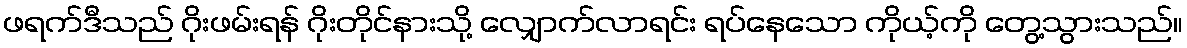
ဖရက်ဒီသည် ဂိုးဖမ်းရန် ဂိုးတိုင်နားသို့ လျှောက်လာရင်း ရပ်နေသော ကိုယ့်ကို တွေ့သွားသည်။